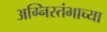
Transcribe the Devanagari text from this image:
अग्निस्तंभाच्या